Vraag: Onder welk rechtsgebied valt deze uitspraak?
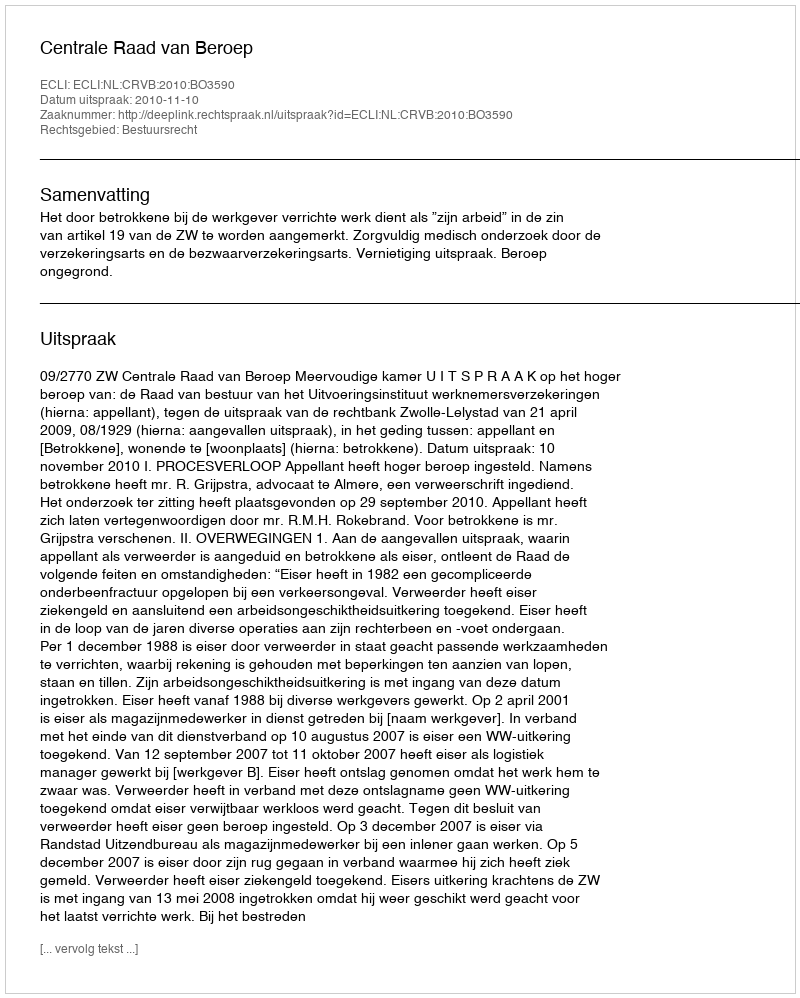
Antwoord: Bestuursrecht